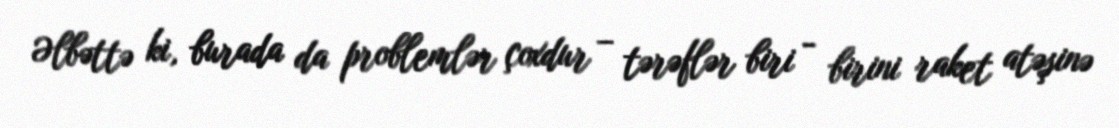
Əlbəttə ki, burada da problemlər çoxdur – tərəflər biri - birini raket atəşinə